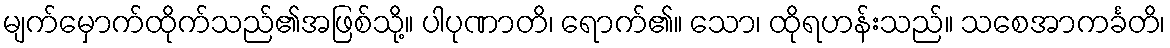
မျက်မှောက်ထိုက်သည်၏အဖြစ်သို့။ ပါပုဏာတိ၊ ရောက်၏။ သော၊ ထိုရဟန်းသည်။ သစေအာကင်္ခတိ၊